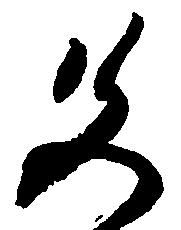
色